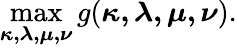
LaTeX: \operatorname*{max}_{\boldsymbol{\kappa,\lambda,\mu,\nu}}g(\boldsymbol{\kappa,\lambda,\mu,\nu}).